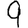
Digit: 9